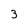
Character: 3